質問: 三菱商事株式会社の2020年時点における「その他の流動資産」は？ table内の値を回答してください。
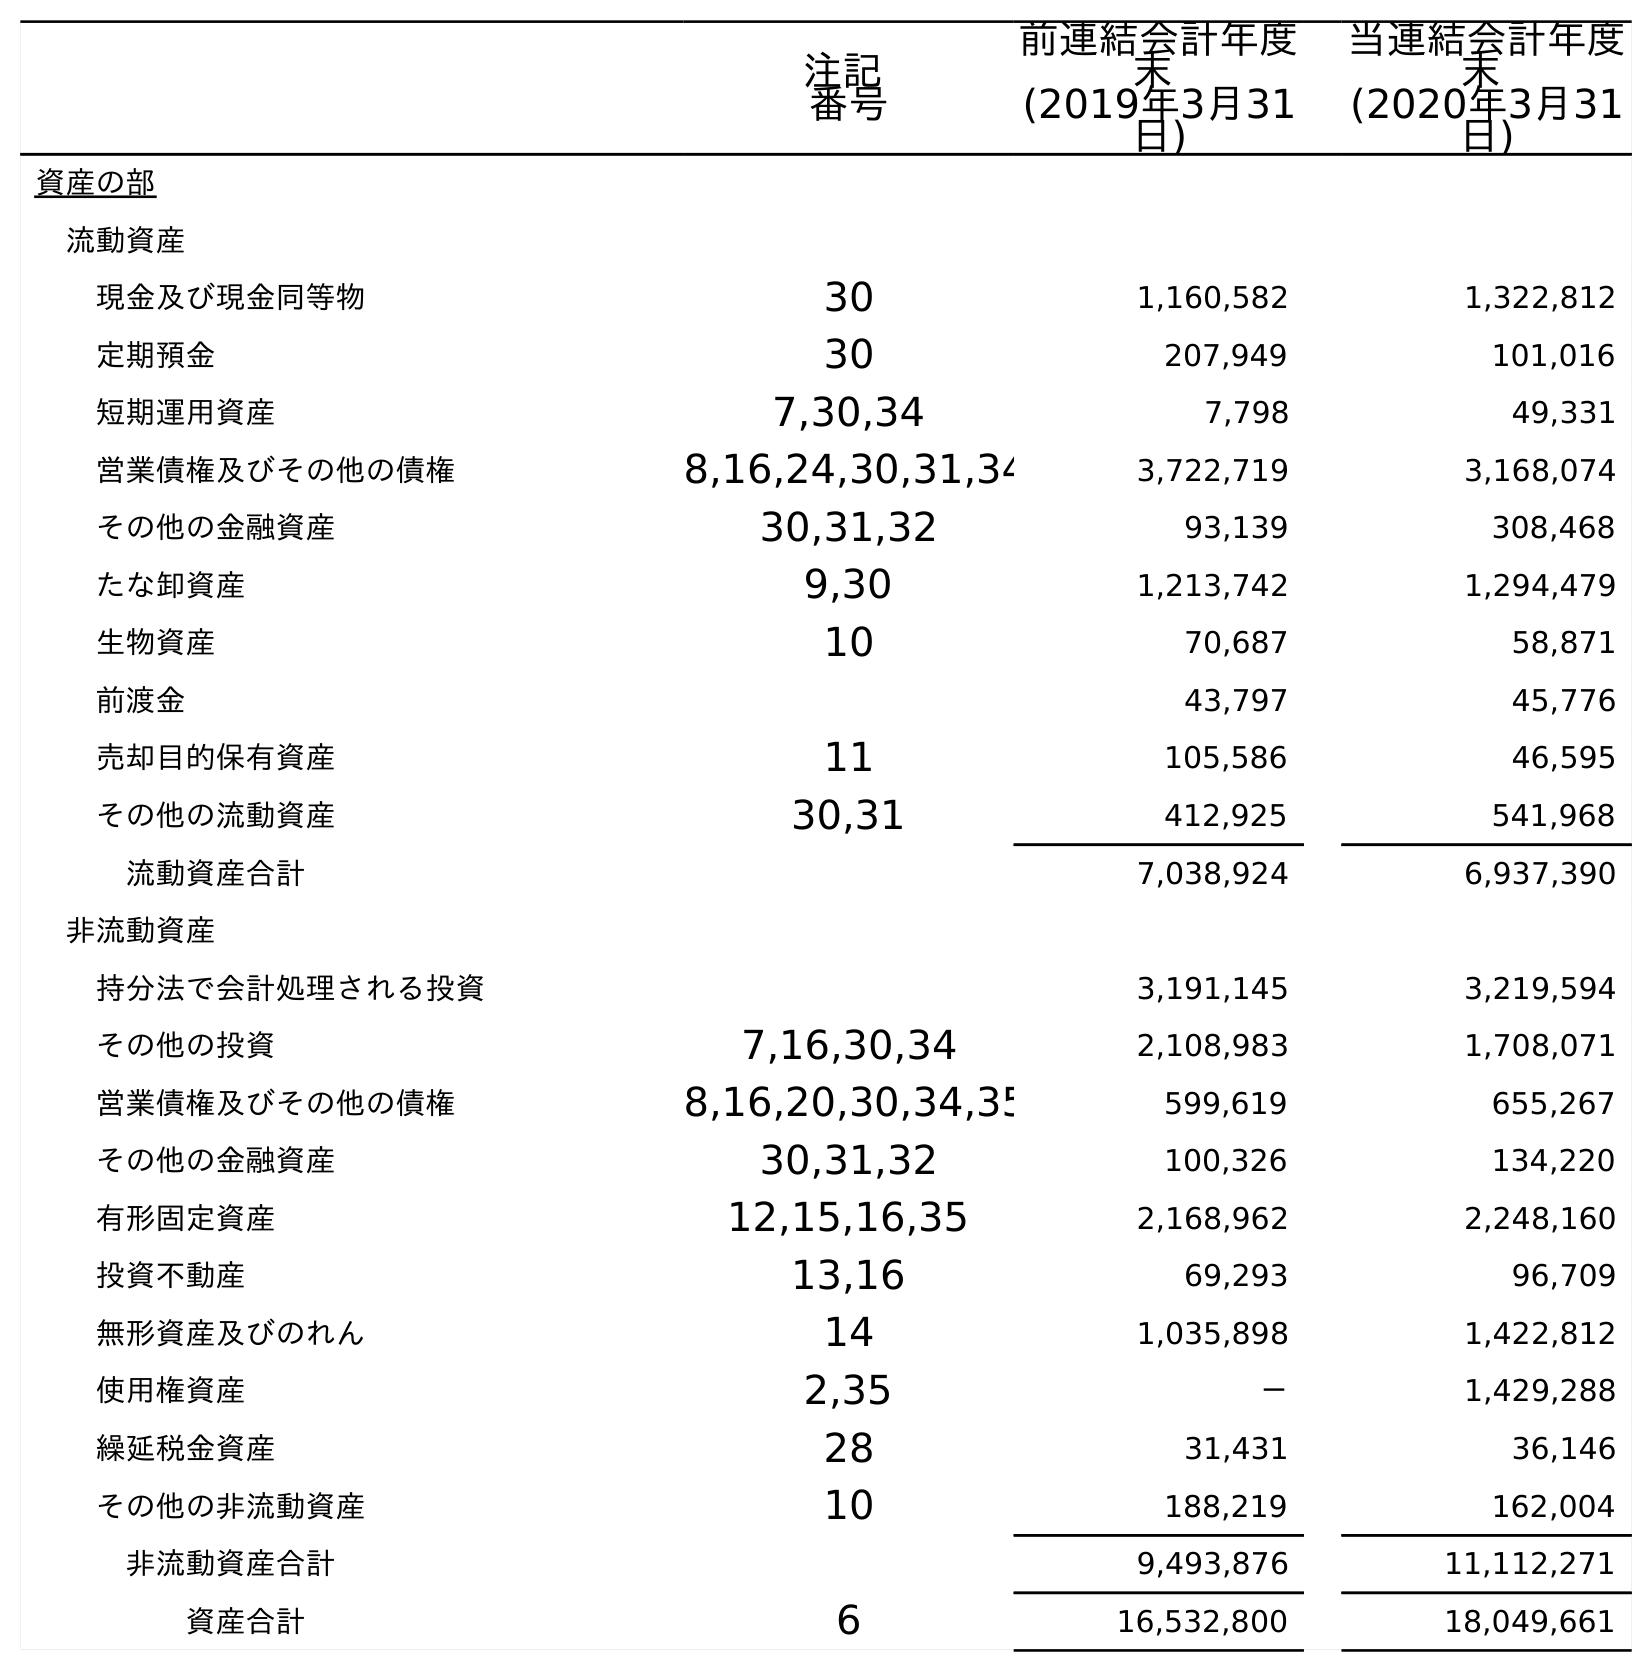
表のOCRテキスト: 注記 番号 前連結会計年度 末 (2019年3月31 日) 当連結会計年度 末 (2020年3月31 日) 資産の部 流動資産 現金及び現金同等物 30 1,160,582 1,322,812 定期預金 30 207,949 101,016 短期運用資産 7,30,34 7,798 49,331 営業債権及びその他の債権 8,16,24,30,31,34 3,722,719 3,168,074 その他の金融資産 30,31,32 93,139 308,468 たな卸資産 9,30 1,213,742 1,294,479 生物資産 10 70,687 58,871 前渡金 43,797 45,776 売却目的保有資産 11 105,586 46,595 その他の流動資産 30,31 412,925 541,968 流動資産合計 7,038,924 6,937,390 非流動資産 持分法で会計処理される投資 3,191,145 3,219,594 その他の投資 7,16,30,34 2,108,983 1,708,071 営業債権及びその他の債権 8,16,20,30,34,35 599,619 655,267 その他の金融資産 30,31,32 100,326 134,220 有形固定資産 12,15,16,35 2,168,962 2,248,160 投資不動産 13,16 69,293 96,709 無形資産及びのれん 14 1,035,898 1,422,812 使用権資産 2,35 － 1,429,288 繰延税金資産 28 31,431 36,146 その他の非流動資産 10 188,219 162,004 非流動資産合計 9,493,876 11,112,271 資産合計 6 16,532,800 18,049,661
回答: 541,968